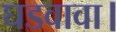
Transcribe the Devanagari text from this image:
घडवावा।